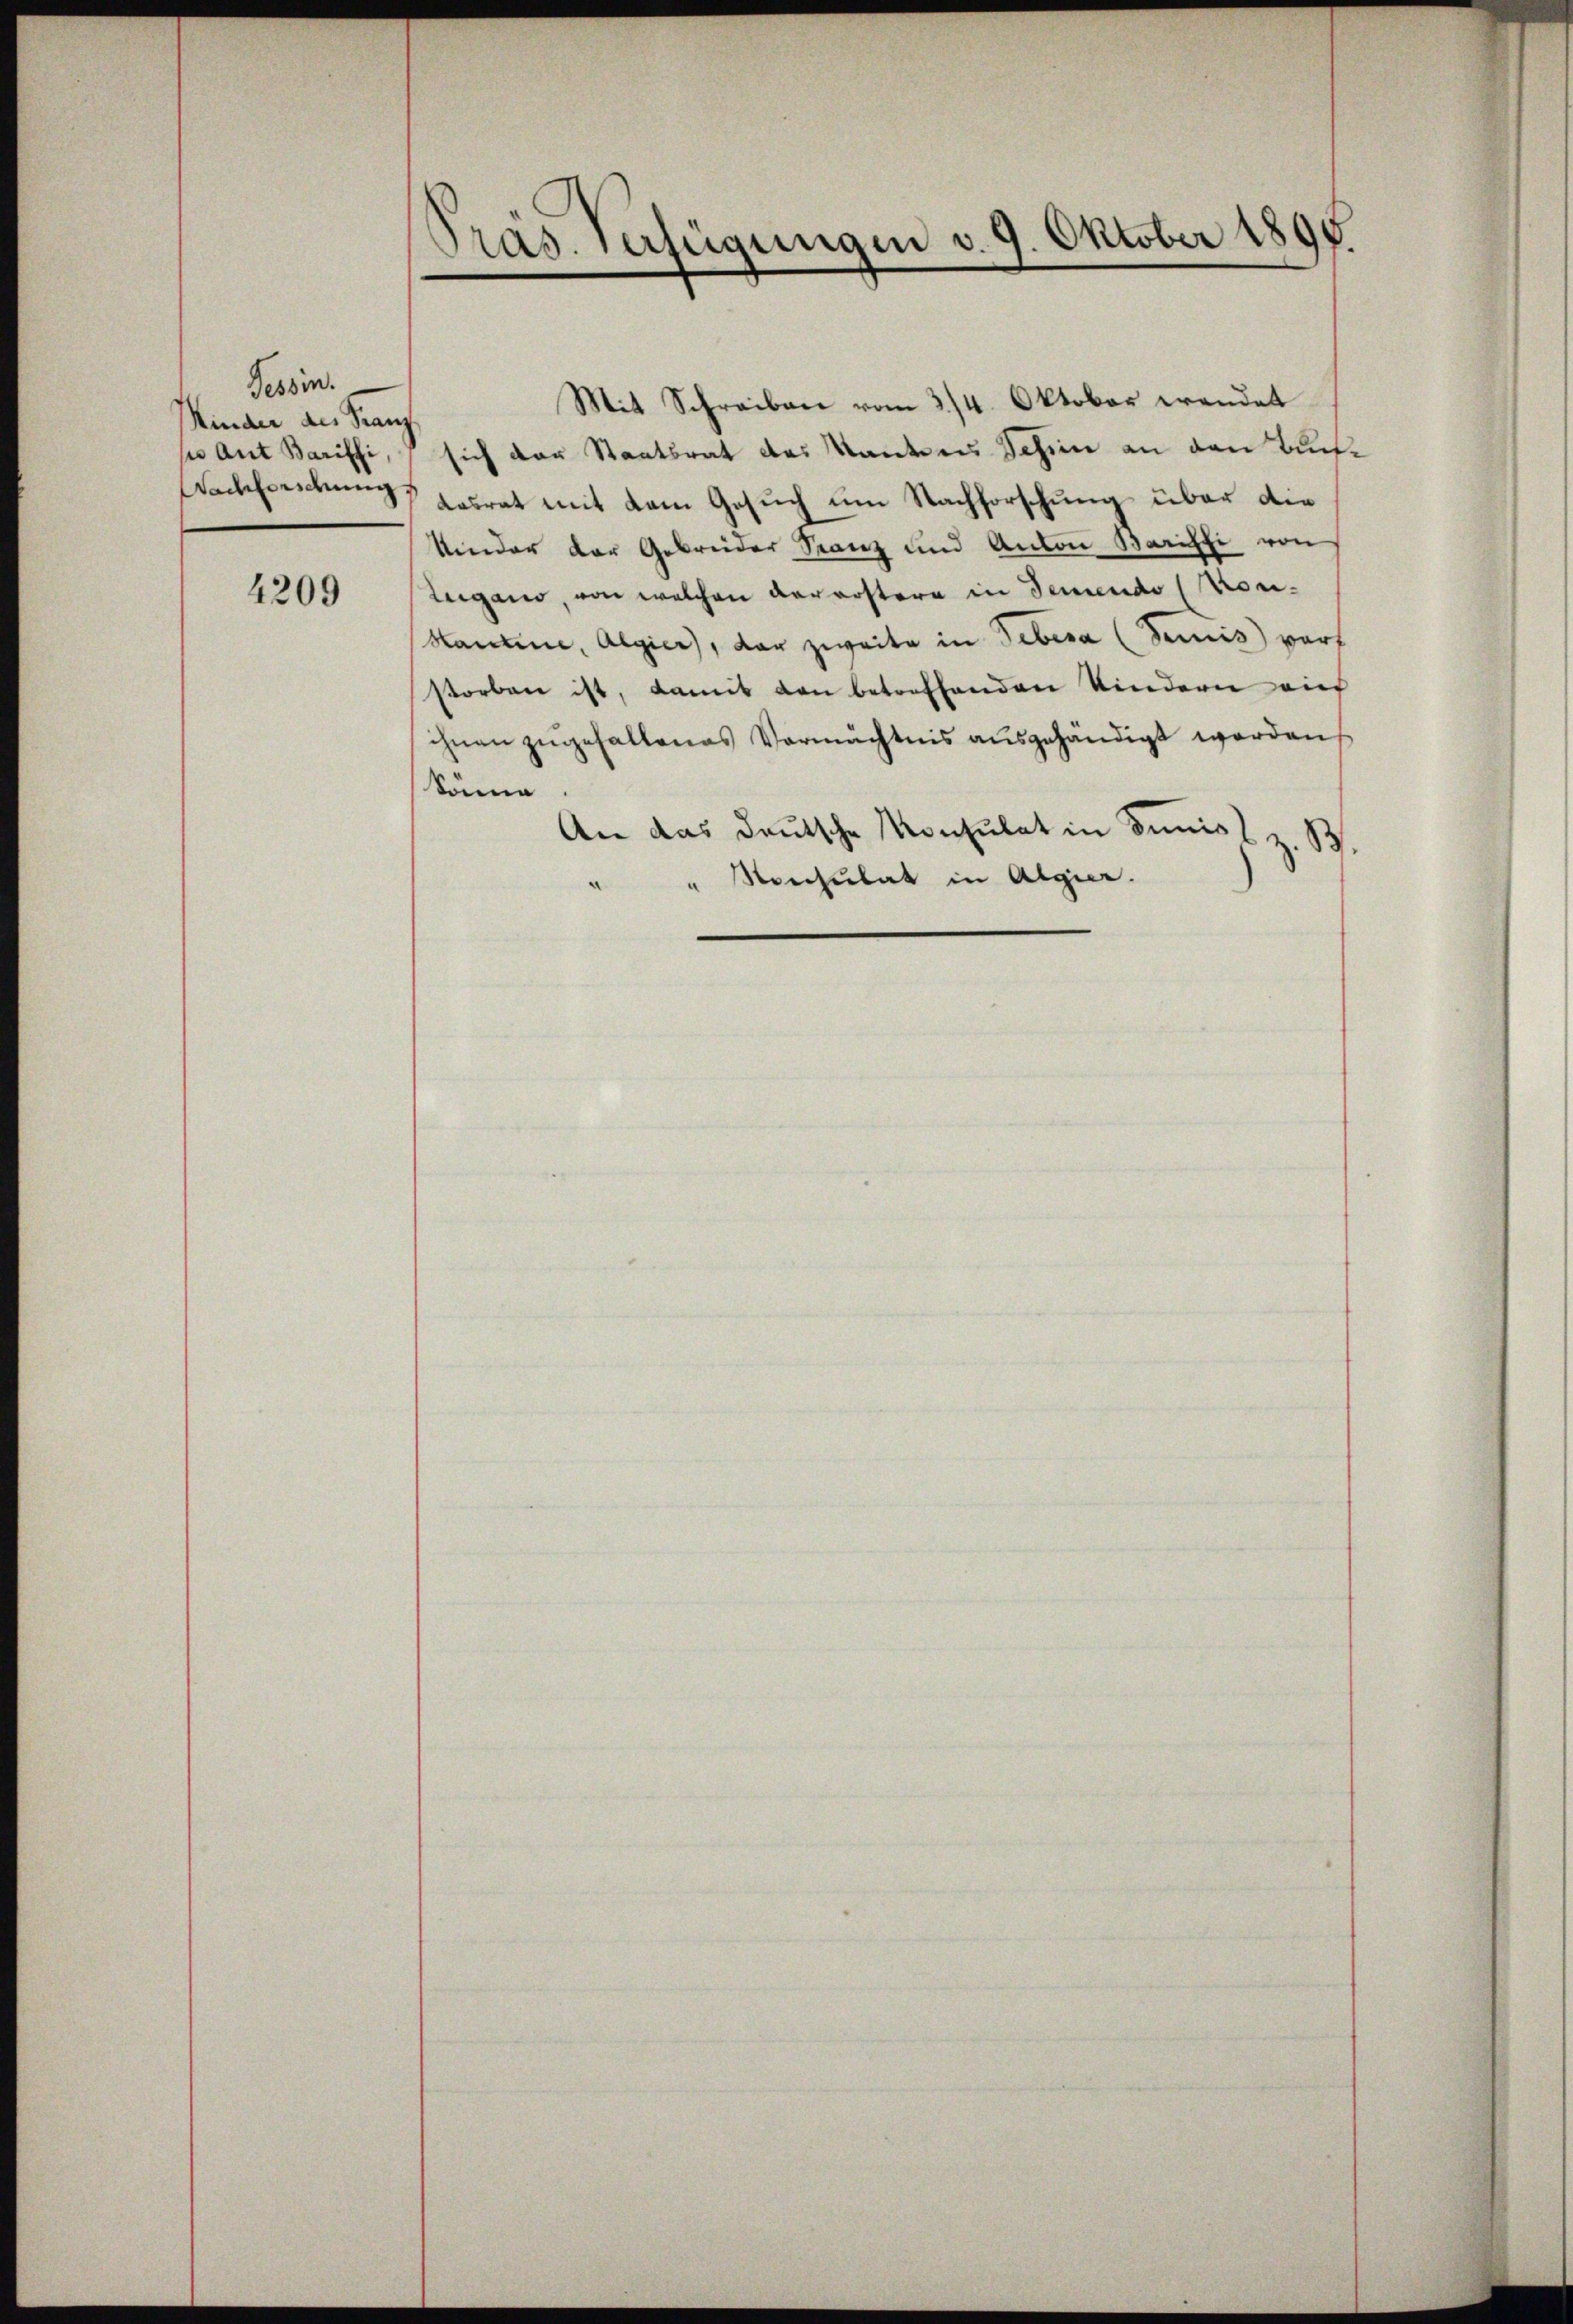
Tessin.
Kinder des Franz.
u aut Bariffi,

4209

Pras. Verfügungen v. 9. Oktober 1805

Mit Schreiben vom 3/4. Oktober wendet
sich der Staatsrat des Kantons Schien an den Buch¬
Sackhenckung losrat mit dem Gesuch um Nachforschung über die
Kinder der Gebreider Franz und Anton Baristi von
Lugano, von welchen vorerstern in Seiendo (voni¬
Hanne, Algier, dar zweite in Gebesa (Semis) wart
storben ist, damit den betreffenden Kindern auf
ihnen zugehaltenes Vermächtnis ausgehändigt werden
könne
An das deutsche Konsulat in Junisl z. B.
" Ronsulat in Algier.